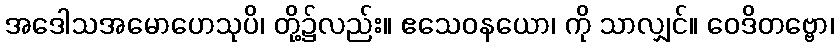
အဒေါသအမောဟေသုပိ၊ တို့၌လည်း။ ဧသေဝနယော၊ ကို သာလျှင်။ ဝေဒိတဗ္ဗော၊